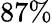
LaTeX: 87\%